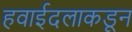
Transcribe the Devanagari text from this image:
हवाईदलाकडून